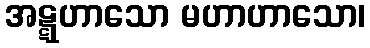
အဋ္ဋဟာသော မဟာဟာသော၊